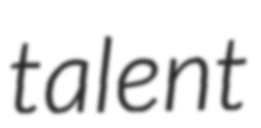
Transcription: talent